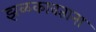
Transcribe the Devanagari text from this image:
झळकावताना